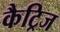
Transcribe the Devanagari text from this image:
कैट्रिज